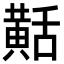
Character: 𪎾